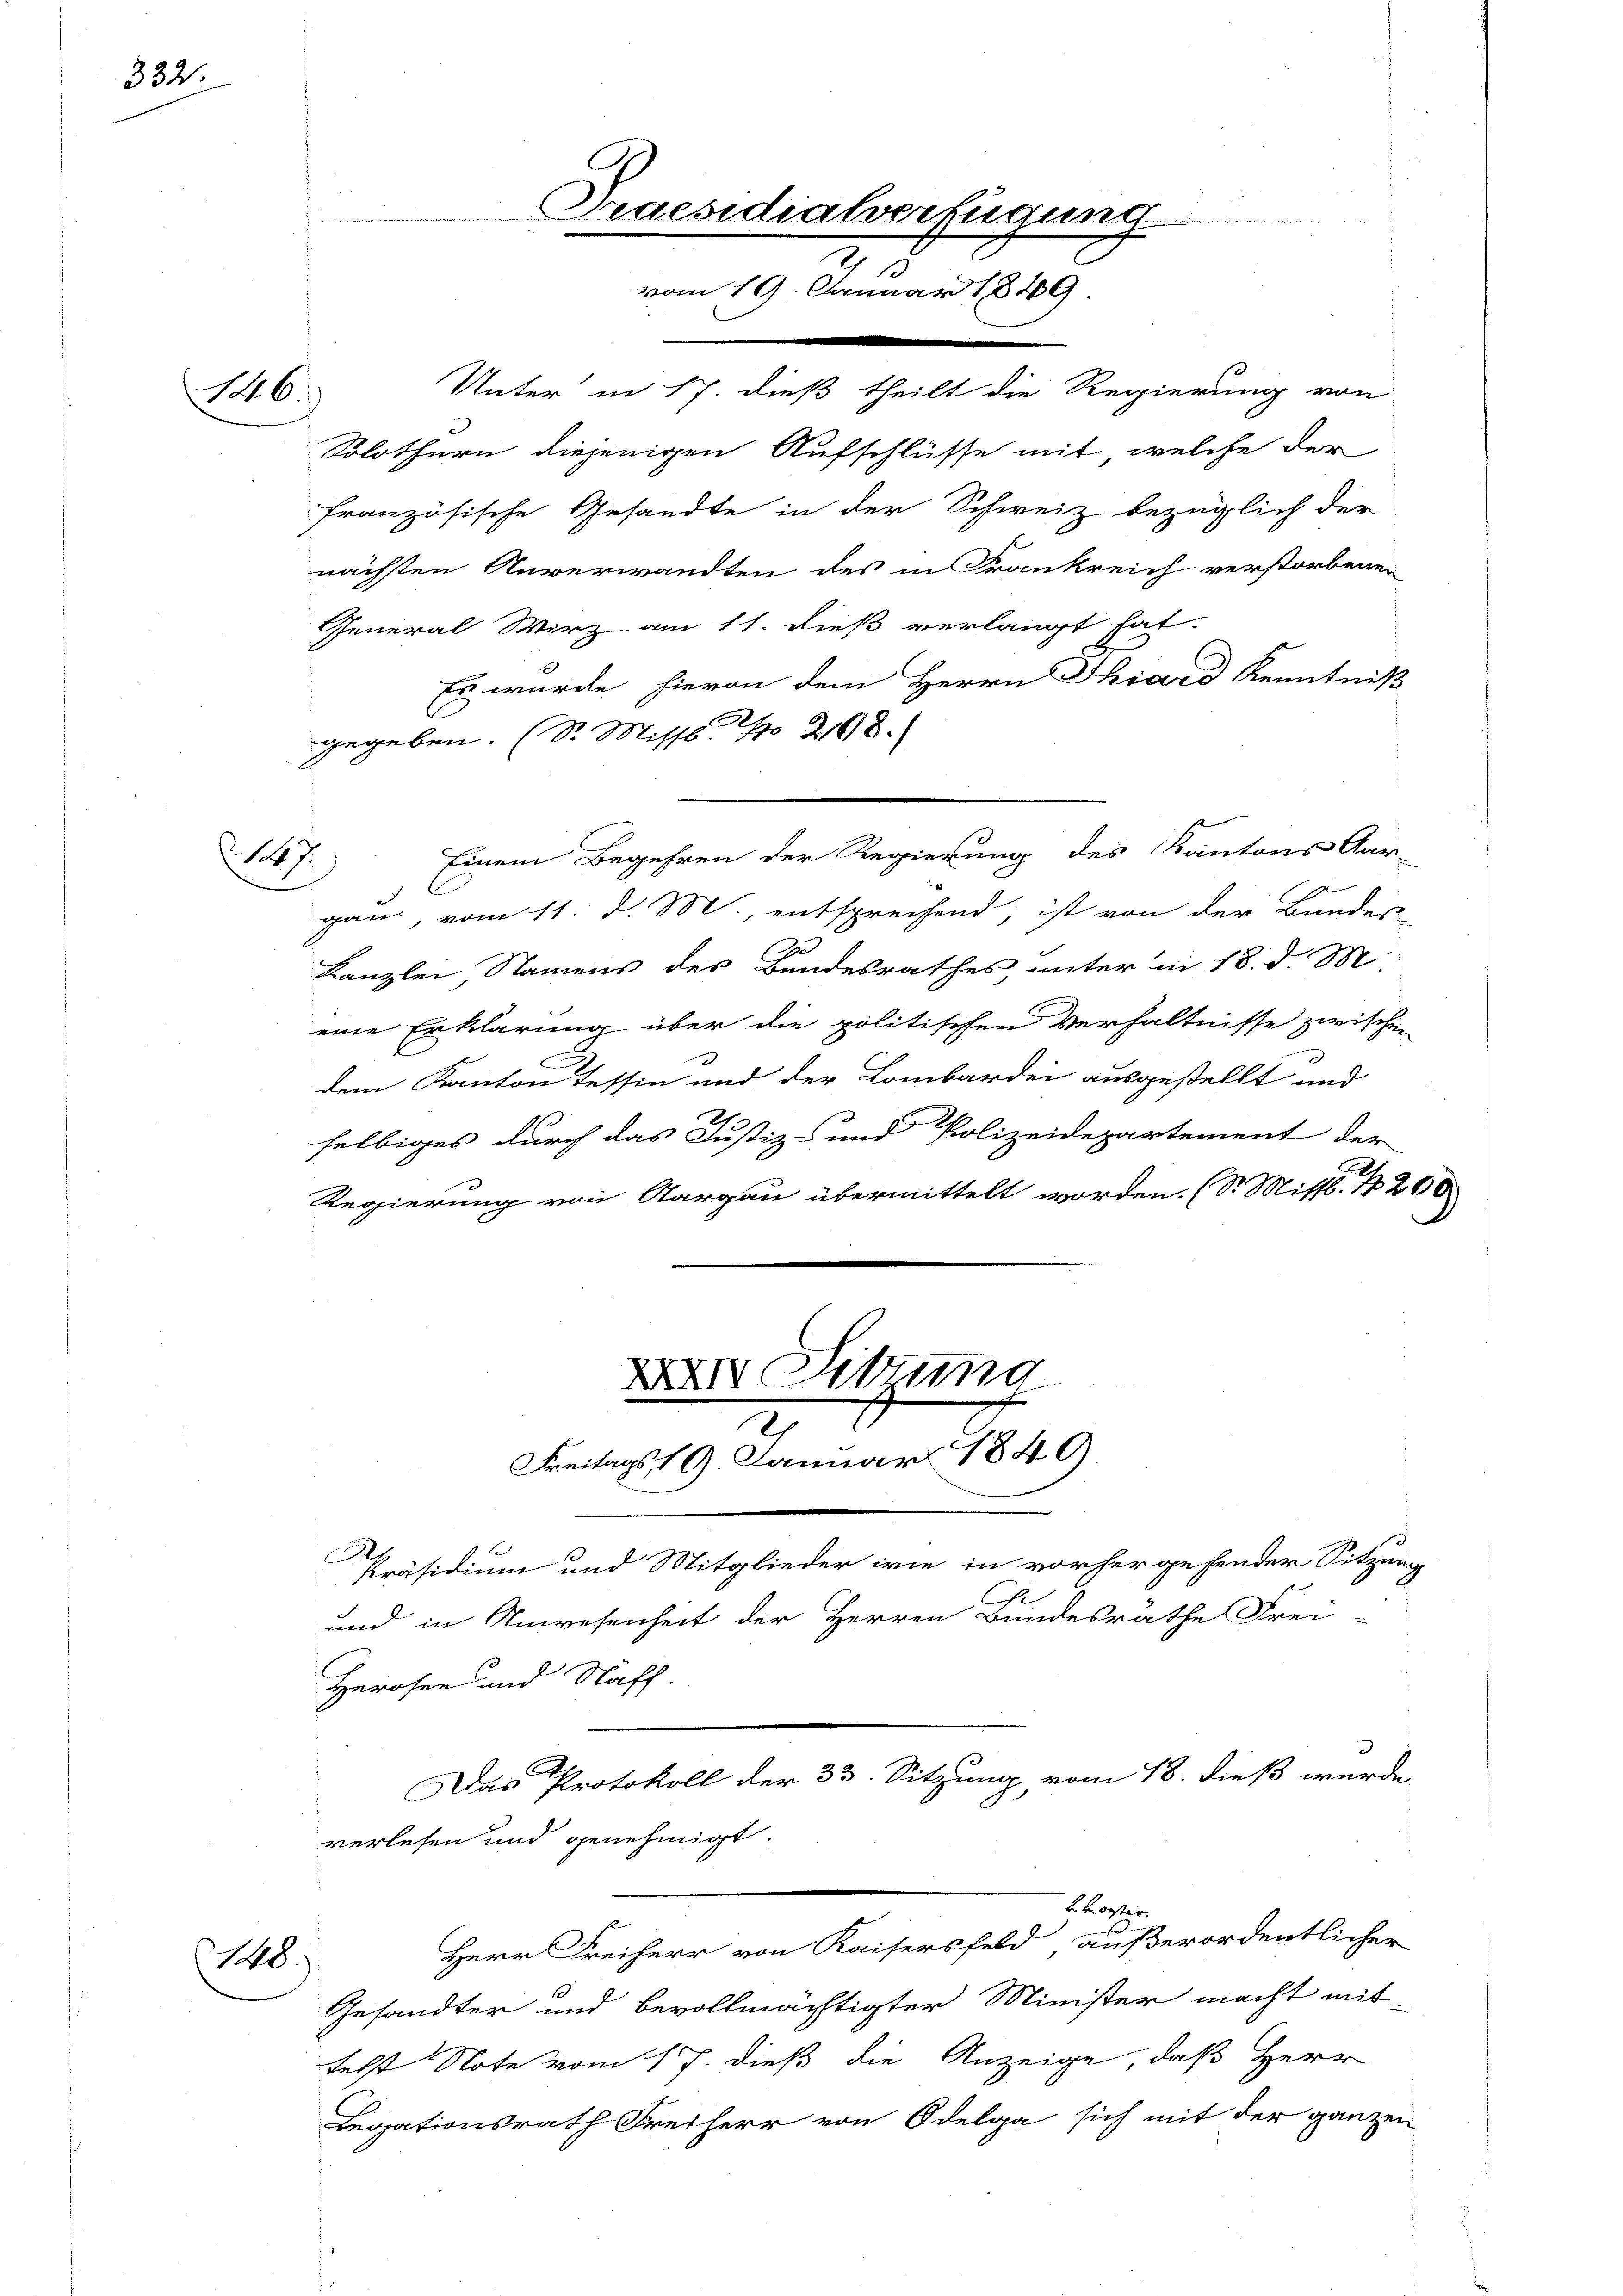
332.

146.

nächsten Anverwandten des in Frankreich verstorbenen
General Wirz am 11. dieß verlangt hat.
Es wurde hievon dem Herrn Thiard Kenntniß
gegeben. (S. Missl No 218.
Einem Begehren der Regierung des Kantons Aar-
gan, vom 11. d. M entsprechend, ist von der Bundes-
zu
Kanzlei, Namens des Bundesrathes, unter in 18. d. M.
eine Erklärung über die politischen Verhältnisse zwischen
dem Kanton Tessin und der Lombardei ausgestellt und
selbiges durch das Justiz- und Polizeidepartement der
Regierung von Aargau übermittelt worden. (S. Mittl. N 266

17

148.

Praesidialverfügung
vom 19. Januar 1849

Unter in 17. dieß theilt die Regierung von

Solothurn diejenigen Aufschlüsse mit, welche der
französische Gesandte in der Schweiz bezüglich der

XXIV Sitzung
Freitags 19. Januar 1849

Präsidium und Mitglieder wie in vorhergehender Sitzung
Ge
und in Anwesenheit der Herren Bundesräthe Frei-

A
Herosen und Staff.
verlesen und genehmigt.
. kosten
Herr Freiherr von Kaisersfeld außerordentlicher
Gesandter und bevollmächtigter Minister macht mit-
telst Note vom 17. dieß die Anzeige, daß Herr
Legationsrath Freiherr von Odelga sich mit der ganzen

Das Protokoll der 33. Sitzung vom 18. dieß wurde